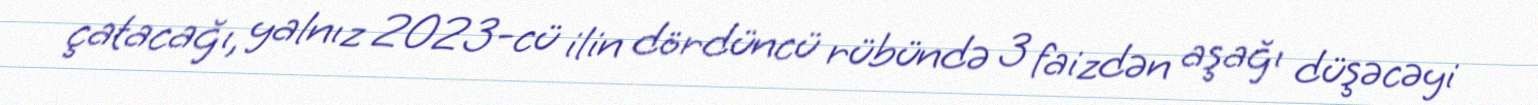
çatacağı, yalnız 2023-cü ilin dördüncü rübündə 3 faizdən aşağı düşəcəyi